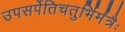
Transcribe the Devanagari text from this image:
उपसर्पेतिचतुर्भिर्मंत्रैः